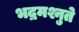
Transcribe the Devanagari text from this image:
भद्रमश्नुते